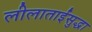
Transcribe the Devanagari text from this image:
लीलाताईंसुद्धा